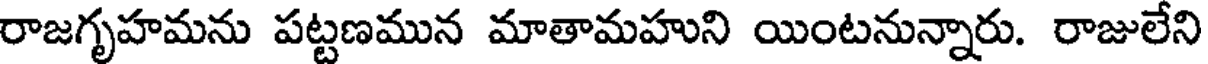
రాజగృహమను పట్టణమున మాతామహుని యింటనున్నారు. రాజులేని